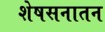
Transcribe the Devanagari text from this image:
शेषसनातन